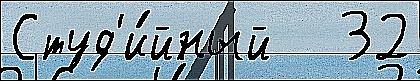
Студ'и́йный   32